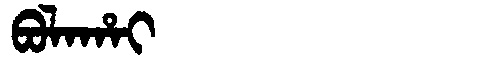
Manchu: ᠪᠣᠯᠠᡥᠠᡳ
Romanization: BOLAHAI